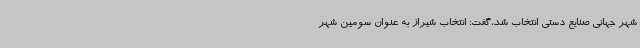
شهر جهانی صنایع دستی انتخاب شد،گفت: انتخاب شیراز به عنوان سومین شهر